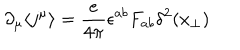
\partial _ { \mu } \langle j ^ { \mu } \rangle = \frac { e } { 4 \pi } \epsilon ^ { a b } F _ { a b } \delta ^ { 2 } ( x _ { \perp } )